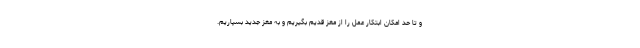
و تا حد امکان ابتکار عمل را از مغز قدیم بگیریم و به مغز جدید بسپاریم.